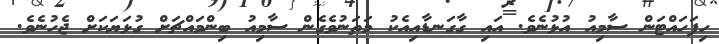
ހިފަހައްޓަން ސާމިއު އުޅުނެވެ. އައި ގާގަނޑާއިއެކު މަތަނުވެގެން ސާމިއު ބިންމައްޗަށް ގުޅަޔަކަށް ޖެހުނެވެ.